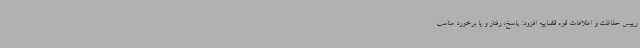
رییس حفاظت و اطلاعات قوه قضاییه افزود: پاسخ، رفتار و یا برخورد مناسب